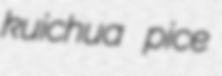
kuichua pice